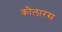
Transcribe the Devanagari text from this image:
कौलारस